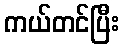
ကယ်တင်ပြီး